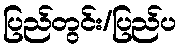
ပြည်တွင်း/ပြည်ပ